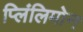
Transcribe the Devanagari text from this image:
प्लिंलिमोन